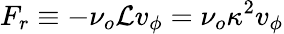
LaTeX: F_{r}\equiv-\nu_{o}\mathcal{L}v_{\phi}=\nu_{o}\kappa^{2}v_{\phi}